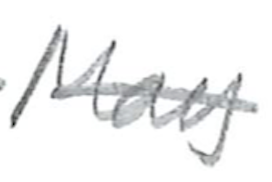
Text: May
Cross-out: single-line
Writing tool: pencil